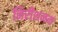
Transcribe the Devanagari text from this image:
निरीशनम